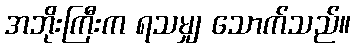
အဘိုးကြီးက ရသမျှ သောက်သည်။